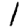
Digit: 1